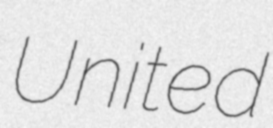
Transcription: United